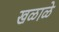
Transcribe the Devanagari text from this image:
खळाळे